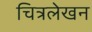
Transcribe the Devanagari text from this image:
चित्रलेखन